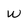
Character: W